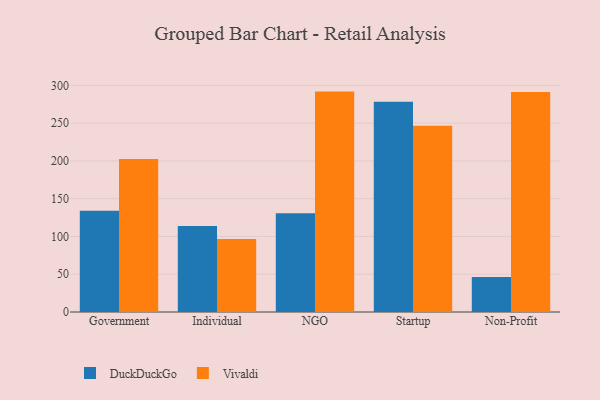
{"axis": {"x": "Segment", "y": "Temperature (°C)"}, "legend": ["DuckDuckGo", "Vivaldi"], "data": [{"x": "Government", "y": 134.2, "type": "DuckDuckGo"}, {"x": "Government", "y": 202.5, "type": "Vivaldi"}, {"x": "Individual", "y": 113.7, "type": "DuckDuckGo"}, {"x": "Individual", "y": 96.6, "type": "Vivaldi"}, {"x": "NGO", "y": 130.6, "type": "DuckDuckGo"}, {"x": "NGO", "y": 291.8, "type": "Vivaldi"}, {"x": "Startup", "y": 278.3, "type": "DuckDuckGo"}, {"x": "Startup", "y": 246.6, "type": "Vivaldi"}, {"x": "Non-Profit", "y": 46.2, "type": "DuckDuckGo"}, {"x": "Non-Profit", "y": 291.4, "type": "Vivaldi"}]}